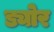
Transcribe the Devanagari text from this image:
ड्योर